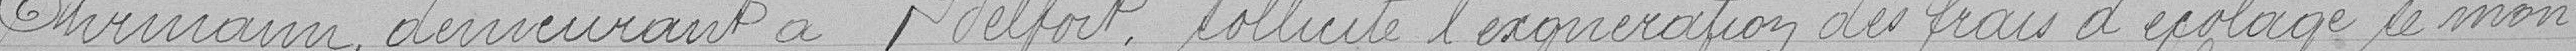
Ehrmann demeurant à Belfort, sollicite l'exonération des frais d'écolage se mon-